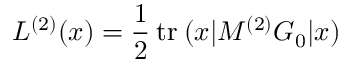
{ \cal L } ^ { ( 2 ) } ( x ) = \frac 1 2 \: \mathrm { t r } \: ( x \vert M ^ { ( 2 ) } G _ { 0 } \vert x )